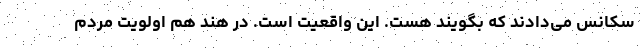
سکانس می‌دادند که بگویند هست. این واقعیت است. در هند هم اولویت مردم